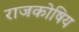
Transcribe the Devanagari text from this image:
राजकोषिय